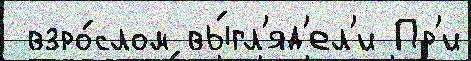
 взро́слом вы́гл'яд'ел'и Пр'и